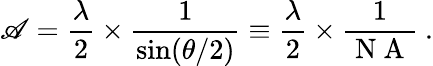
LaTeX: \mathscr{A}=\frac{{\lambda}}{{2}}\times\frac{{1}}{{\sin(\theta/2)}}\equiv\frac{{\lambda}}{{2}}\times\frac{{1}}{{\mathrm{{~N~A~}}}}~.